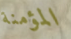
المؤمنة